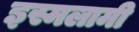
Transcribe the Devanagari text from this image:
इस्मलामी